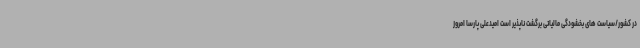
در کشور/سیاست های بخشودگی مالیاتی برگشت ناپذیر است امیدعلی پارسا امروز